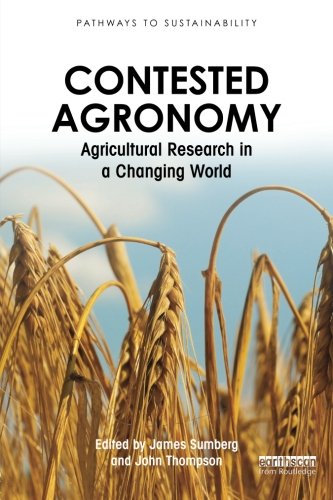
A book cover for Contested Agronomy: Agricultural Research in a Changing World (Pathways to Sustainability); Science & Math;